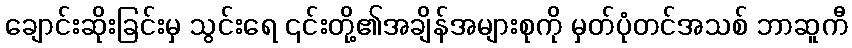
ချောင်းဆိုးခြင်းမှ သွင်းရေ ၎င်းတို့၏အချိန်အများစုကို မှတ်ပုံတင်အသစ် ဘာဆူကီ